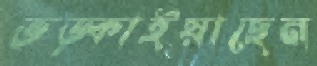
ভড়্‌কাইয়াছেন